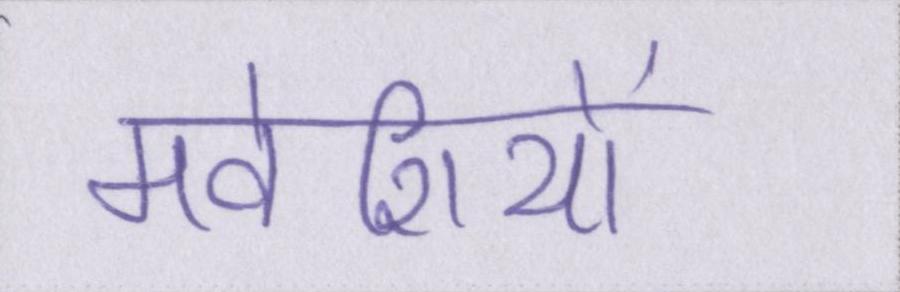
मवेशियों